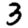
Digit: 3